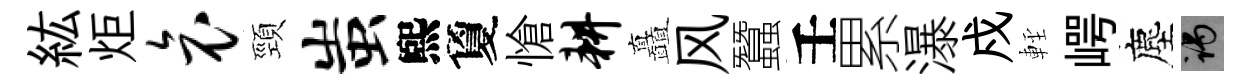
紘炬哀頸蚩煕夐愴耕矗风蠶壬累瀑戍䡖崿塵谒